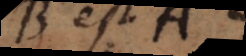
B est A